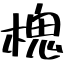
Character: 槐